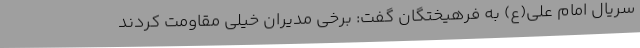
سریال امام علی(ع) به فرهیختگان گفت: برخی مدیران خیلی مقاومت کردند